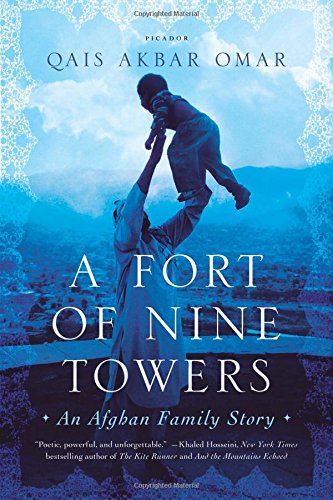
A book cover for A Fort of Nine Towers: An Afghan Family Story; Qais Akbar Omar; Biographies & Memoirs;